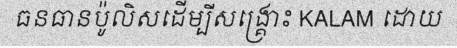
ធនធានប៉ូលិសដើម្បីសង្គ្រោះ KALAM ដោយ